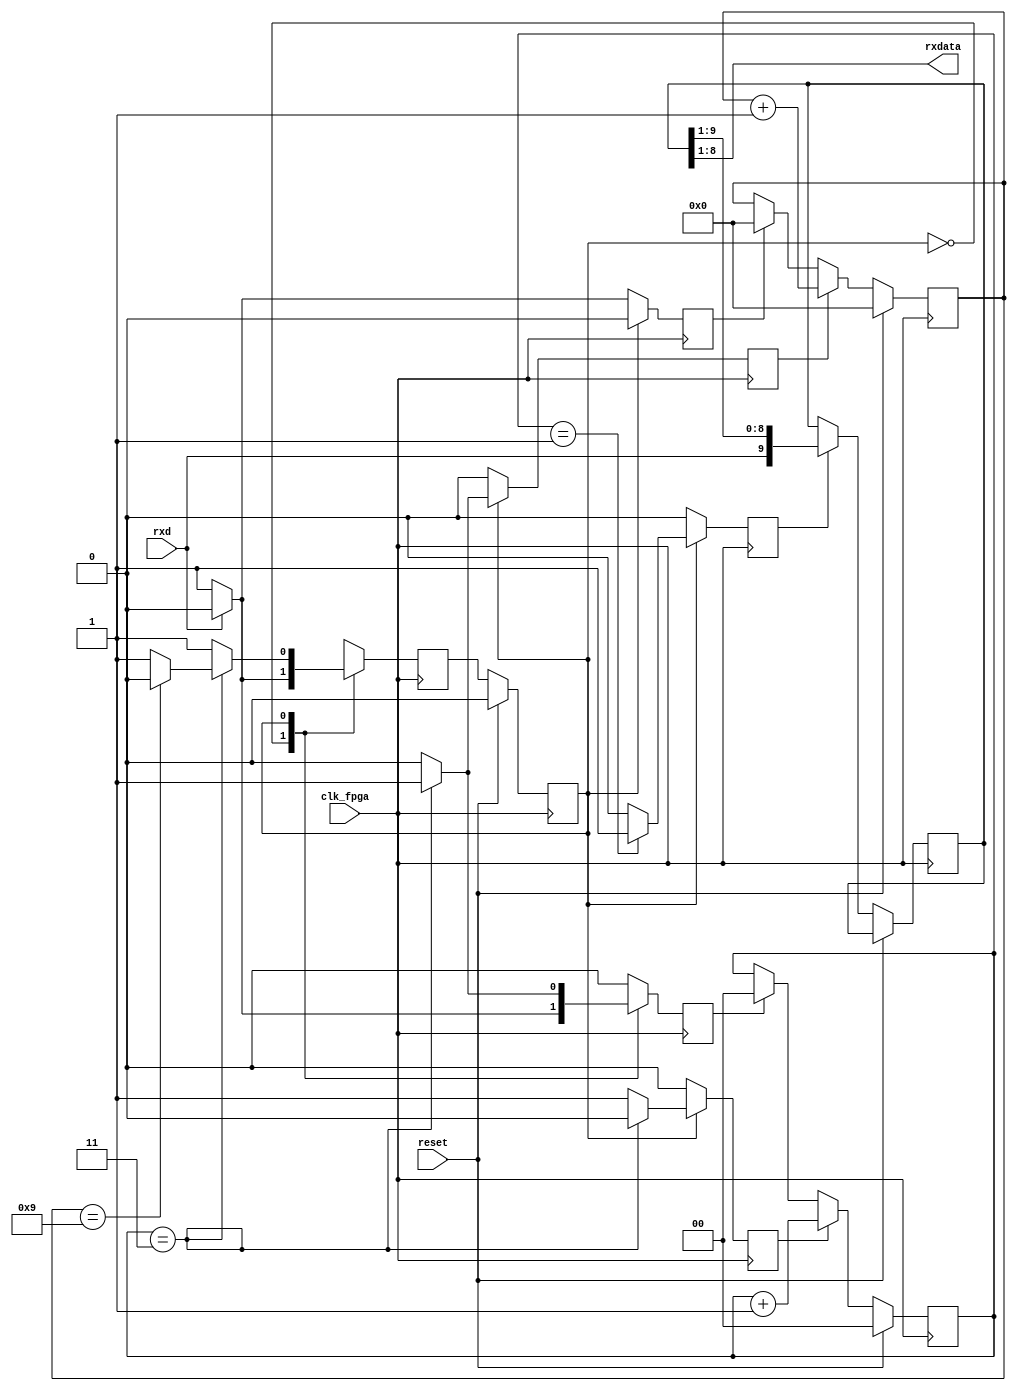
module uart_receiver(
input clk_fpga,
input reset,
input rxd,
output [7:0]rxdata
);
reg shift;
reg state,nextstate;
reg [3:0] bit_counter;
reg [1:0] sample_counter;
reg [13:0] baudrate_counter;
reg [9:0] rxshift_reg;
reg clear_bitcounter, inc_bitcounter, inc_sample_counter, clear_samplecounter;

parameter clk_freq=50_000_000;
parameter baud_rate=9600;
parameter div_sample=4;
parameter div_counter=clk_freq/(baud_rate*div_sample);
parameter mid_sample=div_sample/2;
parameter div_bit=10;

assign rxdata=rxshift_reg[8:1];

always@(posedge clk_fpga)
begin
if(reset)begin
state<=0;
bit_counter<=0;
baudrate_counter<=0;
sample_counter<=0;
end
else begin
baudrate_counter<=baudrate_counter+1;
state<=nextstate;
if(shift)rxshift_reg<={rxd,rxshift_reg[9:1]};
if(clear_samplecounter)sample_counter<=0;
if(inc_sample_counter)sample_counter<=sample_counter+1;
if(clear_bitcounter)bit_counter<=0;
if(inc_bitcounter)bit_counter<=bit_counter+1;
end
end

always@(posedge clk_fpga)
begin
shift<=0;
clear_samplecounter<=0;
inc_sample_counter<=0;
clear_bitcounter<=0;
inc_bitcounter<=0;
nextstate<=0;
case(state)
0:begin 
if(rxd)
begin
nextstate<=0;
end
else begin
nextstate<=1;
clear_bitcounter<=1;
clear_samplecounter<=1;
end
end
1: begin
nextstate<=1;
if(sample_counter==mid_sample-1)shift<=1;
if(sample_counter==div_sample-1)begin
if(bit_counter==div_bit-1)begin
nextstate<=0;
end
inc_bitcounter<=1;
clear_samplecounter<=1;
end else inc_sample_counter<=1;
end
default:nextstate<=0;
endcase
end

endmodule